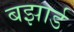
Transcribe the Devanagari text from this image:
बझार्ड